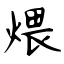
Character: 煨